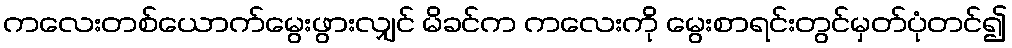
ကလေးတစ်ယောက်မွေးဖွားလျှင် မိခင်က ကလေးကို မွေးစာရင်းတွင်မှတ်ပုံတင်၍